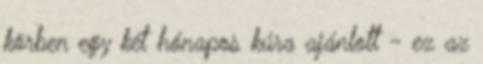
körben egy két hónapos kúra ajánlott - ez az